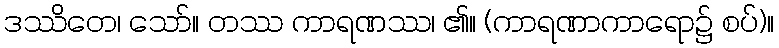
ဒဿိတေ၊ သော်။ တဿ ကာရဏဿ၊ ၏။ (ကာရဏာကာရော၌ စပ်)။